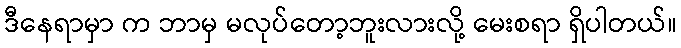
ဒီနေရာမှာ က ဘာမှ မလုပ်တော့ဘူးလားလို့ မေးစရာ ရှိပါတယ်။